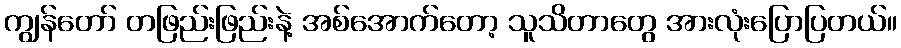
ကျွန်တော် တဖြည်းဖြည်းနဲ့ အစ်အောက်တော့ သူသိတာတွေ အားလုံးပြောပြတယ်။